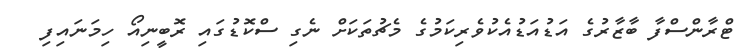
ޓްރާންސްފާ ބާޒާރުގެ އަޑުއަޑުއެކުވެރިކަމުގެ މެޗުތަކަށް ނެގި ސްކޮޑުގައި ރޮބީނިއޯ ހިމަނައިފި